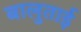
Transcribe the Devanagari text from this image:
बालुताई